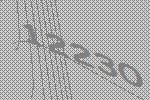
12230